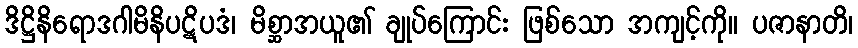
ဒိဋ္ဌိနိရောဒဂါမိနိပဋိပဒံ၊ မိစ္ဆာအယူ၏ ချုပ်ကြောင်း ဖြစ်သော အကျင့်ကို။ ပဇာနာတိ၊